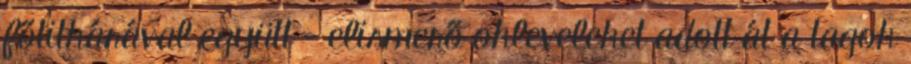
főtitkárával együtt - elismerő okleveleket adott át a tagok